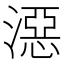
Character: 𣽏